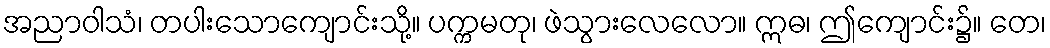
အညာဝါသံ၊ တပါးသောကျောင်းသို့။ ပက္ကမတု၊ ဖဲသွားလေလော။ ဣဓ၊ ဤကျောင်း၌။ တေ၊